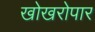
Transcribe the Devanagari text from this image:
खोखरोपार